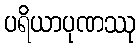
ပရိယာပုဏဿု